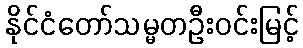
နိုင်ငံတော်သမ္မတဦးဝင်းမြင့်